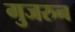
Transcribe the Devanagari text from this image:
गुजरुन